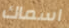
اسماك